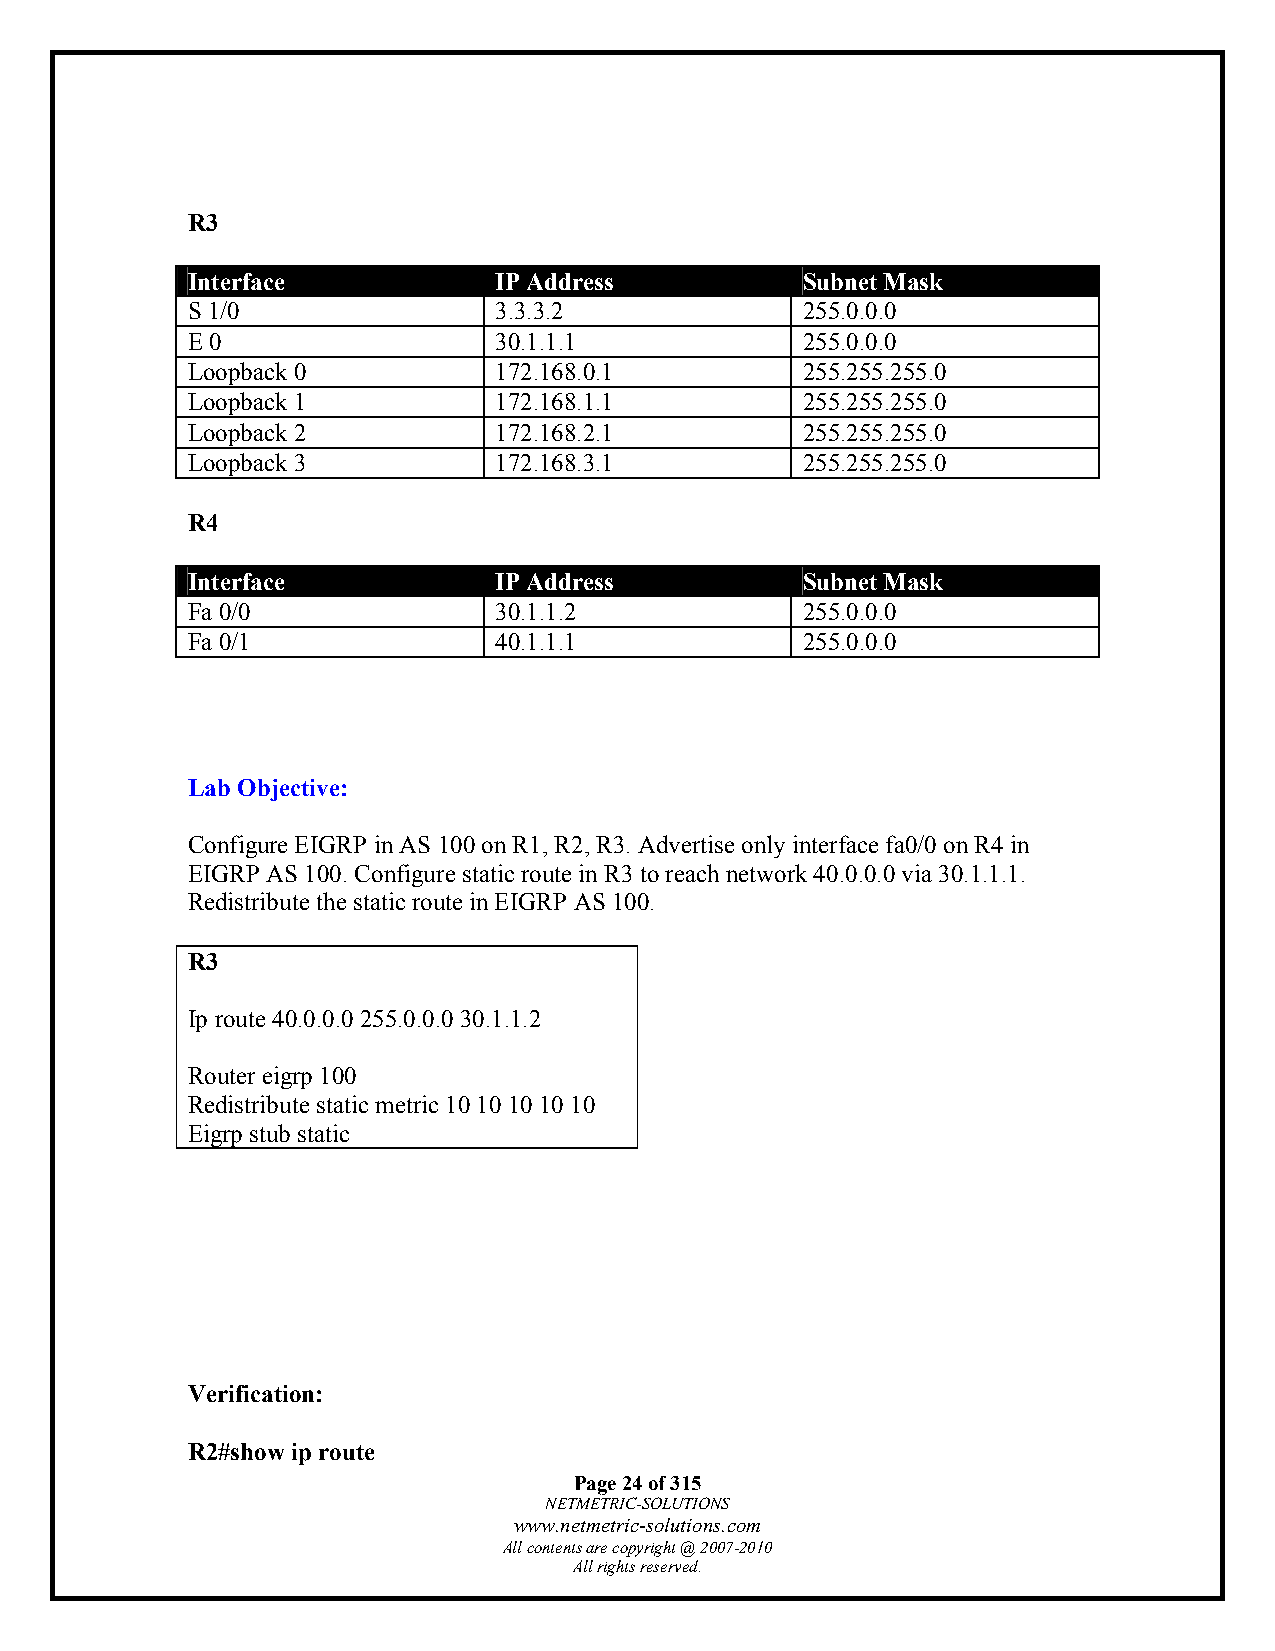
R3
 Interface            IP Address          Subnet Mask
 S 1/0                3.3.3.2             255.0.0.0
 E 0                  30.1.1.1            255.0.0.0
 Loopback 0           172.168.0.1         255.255.255.0
 Loopback 1           172.168.1.1         255.255.255.0
 Loopback 2           172.168.2.1         255.255.255.0
 Loopback 3           172.168.3.1         255.255.255.0
 R4
 Interface            IP Address          Subnet Mask
 Fa 0/0               30.1.1.2            255.0.0.0
 Fa 0/1               40.1.1.1            255.0.0.0
 Lab Objective:
 Configure EIGRP in AS 100 on R1, R2, R3. Advertise only interface fa0/0 on R4 in
 EIGRP AS 100. Configure static route in R3 to reach network 40.0.0.0 via 30.1.1.1.
 Redistribute the static route in EIGRP AS 100.
 R3
 Ip route 40.0.0.0 255.0.0.0 30.1.1.2
 Router eigrp 100
 Redistribute static metric 10 10 10 10 10
 Eigrp stub static
 Verification:
 R2#show ip route
 Page 24 of 315
 NETMETRIC-SOLUTIONS
 www.netmetric-solutions.com
 All contents are copyright @ 2007-2010
 All rights reserved.